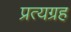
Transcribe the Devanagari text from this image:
प्रत्यग्रह